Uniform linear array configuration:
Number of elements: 32
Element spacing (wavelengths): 0.75
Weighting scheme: uniform
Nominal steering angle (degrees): -45
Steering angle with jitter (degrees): -46.554
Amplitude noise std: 0.05
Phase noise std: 0.05

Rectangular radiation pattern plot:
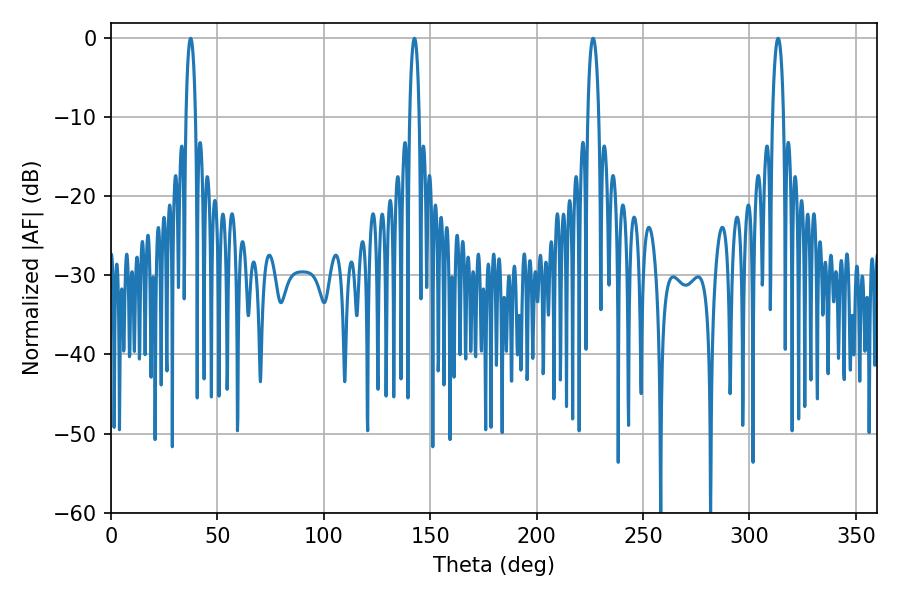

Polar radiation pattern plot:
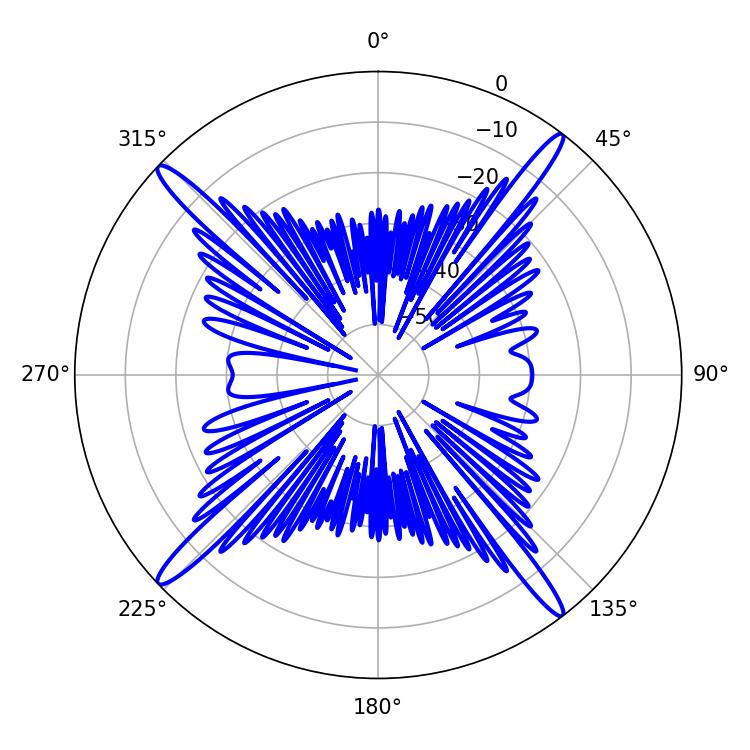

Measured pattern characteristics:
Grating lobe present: TRUE
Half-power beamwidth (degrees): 2.52
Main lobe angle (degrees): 142.56